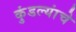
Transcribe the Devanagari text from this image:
कुंडल्यांचे